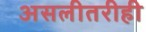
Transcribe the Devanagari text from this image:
असलीतरीही